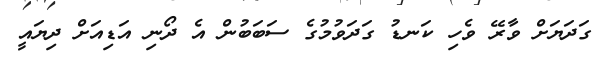
ގަދަޔަށް ވާރޭ ވެހި ކަނޑު ގަދަވުމުގެ ސަބަބުން އެ ދޯނި އަޑިއަށް ދިޔައީ